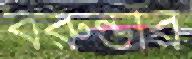
বরুন্ডীর